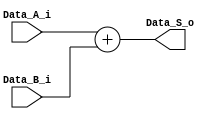
module adder
    # (parameter W = 32) (
    input wire [W-1:0] Data_A_i,
    input wire [W-1:0] Data_B_i,
    output reg [W:0] Data_S_o
    );

    always @*
        Data_S_o <= Data_A_i + Data_B_i;

endmodule